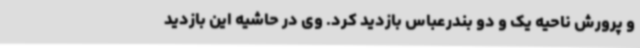
و پرورش ناحیه یک و دو بندرعباس بازدید کرد. وی در حاشیه این بازدید